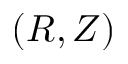
( R , Z )